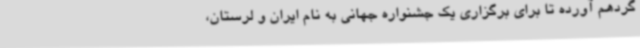
گردهم آورده تا برای برگزاری یک جشنواره جهانی به نام ایران و لرستان،